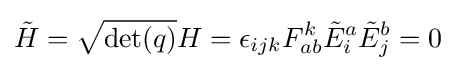
{\tilde {H}}={\sqrt {\det(q)}}H=\epsilon _{ijk}F_{ab}^{k}{\tilde {E}}_{i}^{a}{\tilde {E}}_{j}^{b}=0